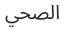
الصحي